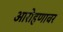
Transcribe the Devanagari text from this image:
आरोहणावर